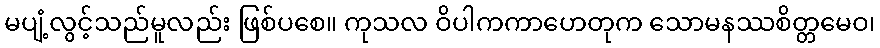
မပျံ့လွင့်သည်မူလည်း ဖြစ်ပစေ။ ကုသလ ဝိပါကကာဟေတုက သောမနဿစိတ္တမေဝ၊